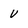
Character: V